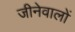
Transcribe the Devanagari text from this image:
जीनेवालों